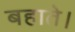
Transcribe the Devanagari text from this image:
बहाते।